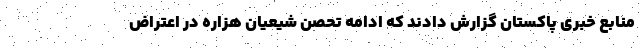
منابع خبری پاکستان گزارش دادند که ادامه تحصن شیعیان هزاره در اعتراض